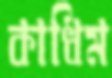
কাধিম